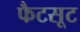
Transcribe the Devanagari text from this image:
फैटसूट